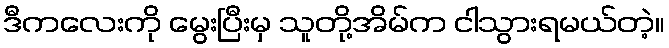
ဒီကလေးကို မွေးပြီးမှ သူတို့အိမ်က ငါသွားရမယ်တဲ့။